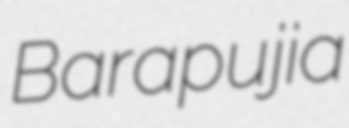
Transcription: Barapujia